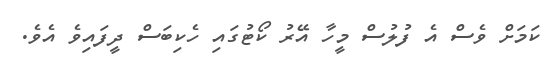
ކަމަށް ވެސް އެ ފުލުސް މީހާ އޭރު ކޯޓުގައި ހެކިބަސް ދީފައިވެ އެވެ.